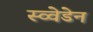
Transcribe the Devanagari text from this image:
स्व्वेडेन